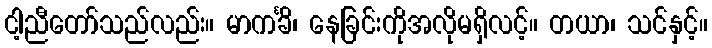
ငါ့ညီတော်သည်လည်း။ မာကင်္ခိ၊ နေခြင်းကိုအလိုမရှိလင့်။ တယာ၊ သင်နှင့်။